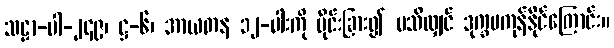
သဠာ-ပါ-၂၄၉၊ ဋ္ဌ-၆၊ အာယတန ၁၂-ပါးကို ပိုင်းခြား၍ မသိလျှင် ဒုက္ခမကုန်နိုင်ကြောင်း။